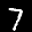
Label: 7